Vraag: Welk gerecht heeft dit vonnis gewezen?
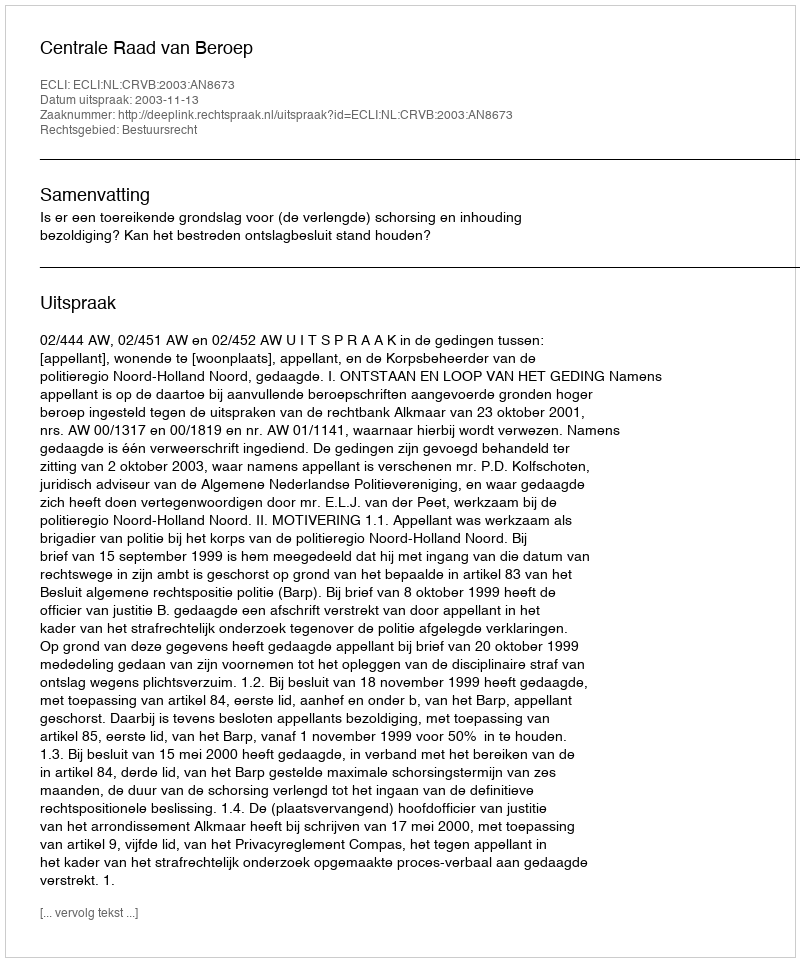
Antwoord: Centrale Raad van Beroep